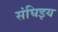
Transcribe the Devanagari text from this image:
संघिइय